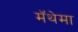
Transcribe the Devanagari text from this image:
मॅथेमा